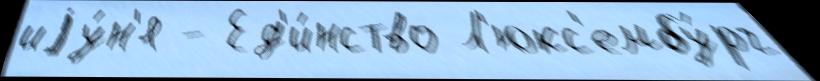
иjу́н'я - Ед'и́нство Л'юкс'ембу́рг